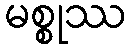
မစ္စုဿ